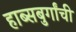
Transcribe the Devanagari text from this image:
हाब्सबुर्गांची